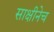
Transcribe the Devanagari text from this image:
साक्षीनेच